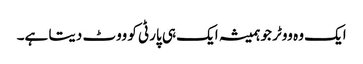
ایک وہ ووٹر جو ہمیشہ ایک ہی پارٹی کو ووٹ دیتا ہے۔